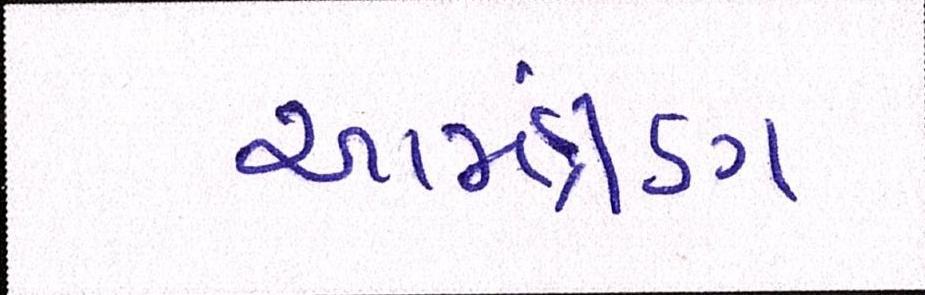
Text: આમંત્રણ